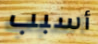
أسبب